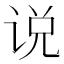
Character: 说